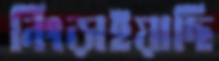
নিংড়াইয়াছি